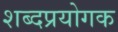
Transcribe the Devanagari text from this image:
शब्दप्रयोगक